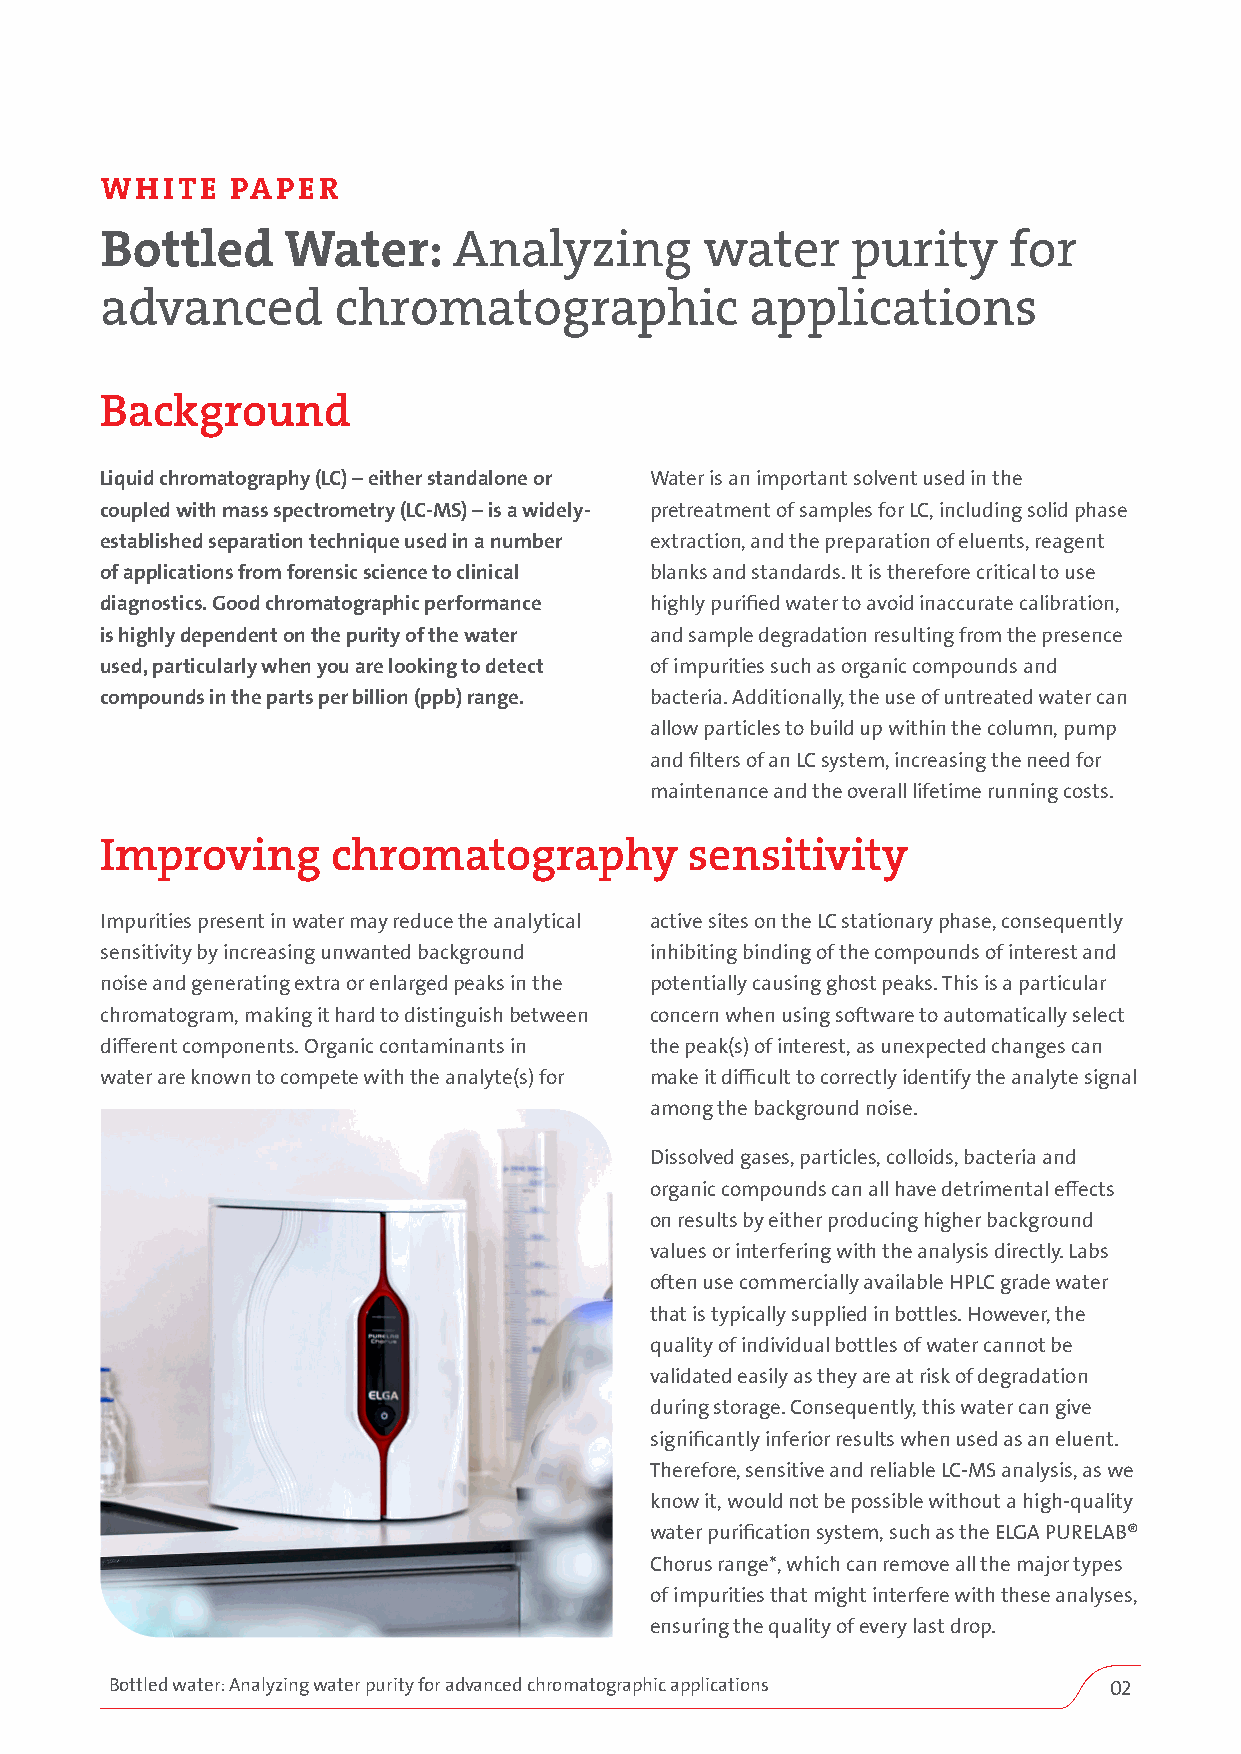
WHITE   PAPER
 Bottled     Water:     Analyzing        water    purity     for
 advanced       chromatographic             applications
 Background
 Liquid chromatography (LC) – either standalone or Water is an important solvent used in the
 coupled with mass spectrometry (LC-MS) – is a widely- pretreatment of samples for LC, including solid phase
 established separation technique used in a number extraction, and the preparation of eluents, reagent
 of applications from forensic science to clinical blanks and standards. It is therefore critical to use
 diagnostics. Good chromatographic performance highly purified water to avoid inaccurate calibration,
 is highly dependent on the purity of the water and sample degradation resulting from the presence
 used, particularly when you are looking to detect of impurities such as organic compounds and
 compounds in the parts per billion (ppb) range. bacteria. Additionally, the use of untreated water can
 allow particles to build up within the column, pump
 and filters of an LC system, increasing the need for
 maintenance and the overall lifetime running costs.
 Improving      chromatography          sensitivity
 Impurities present in water may reduce the analytical active sites on the LC stationary phase, consequently
 sensitivity by increasing unwanted background inhibiting binding of the compounds of interest and
 noise and generating extra or enlarged peaks in the potentially causing ghost peaks. This is a particular
 chromatogram, making it hard to distinguish between concern when using software to automatically select
 different components. Organic contaminants in the peak(s) of interest, as unexpected changes can
 water are known to compete with the analyte(s) for make it difficult to correctly identify the analyte signal
 among the background noise.
 Dissolved gases, particles, colloids, bacteria and
 organic compounds can all have detrimental effects
 on results by either producing higher background
 values or interfering with the analysis directly. Labs
 often use commercially available HPLC grade water
 that is typically supplied in bottles. However, the
 quality of individual bottles of water cannot be
 validated easily as they are at risk of degradation
 during storage. Consequently, this water can give
 significantly inferior results when used as an eluent.
 Therefore, sensitive and reliable LC-MS analysis, as we
 know it, would not be possible without a high-quality
 water purification system, such as the ELGA PURELAB®
 Chorus range*, which can remove all the major types
 of impurities that might interfere with these analyses,
 ensuring the quality of every last drop.
 Bottled water: Analyzing water purity for advanced chromatographic applications 02